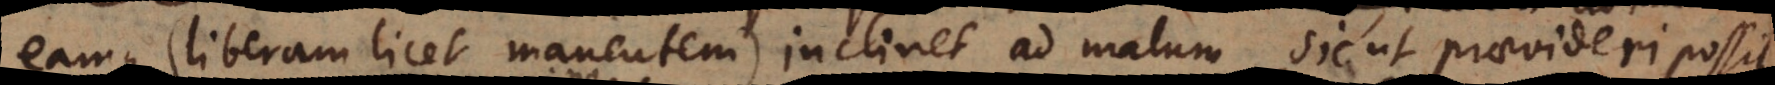
eamque (liberam licet manentem) inclinet ad malum, sic ut praevideri possit